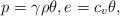
\begin{align*} p=\gamma\rho \theta, e=c_v\theta, \end{align*}